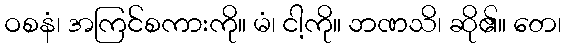
ဝစနံ၊ အကြင်စကားကို။ မံ၊ ငါ့ကို။ ဘဏသိ၊ ဆို၏။ တေ၊